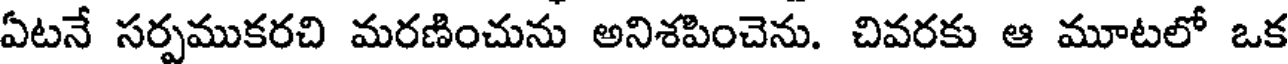
ఏటనే సర్పముకరచి మరణించును అనిశపించెను. చివరకు ఆ మూటలో ఒక